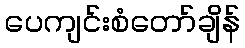
ပေကျင်းစံတော်ချိန်